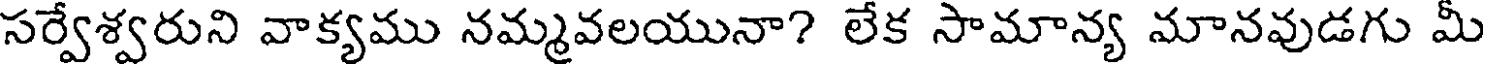
సర్వేశ్వరుని వాక్యము నమ్మవలయునా? లేక సామాన్య మానవుడగు మీ